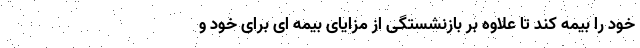
خود را بیمه کند تا علاوه بر بازنشستگی از مزایای بیمه ای برای خود و